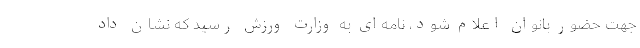
جهت حضور بانوان اعلام شود، نامه‌ای به وزارت ورزش رسید که نشان داد